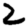
Digit: 2